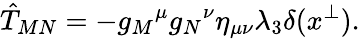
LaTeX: \hat{T}_{MN}=-g_{M}{}^{\mu}g_{N}{}^{\nu}\eta_{\mu\nu}\lambda_{3}\delta(x^{\perp}).